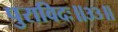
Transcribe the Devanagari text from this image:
पुराविदः॥३३॥